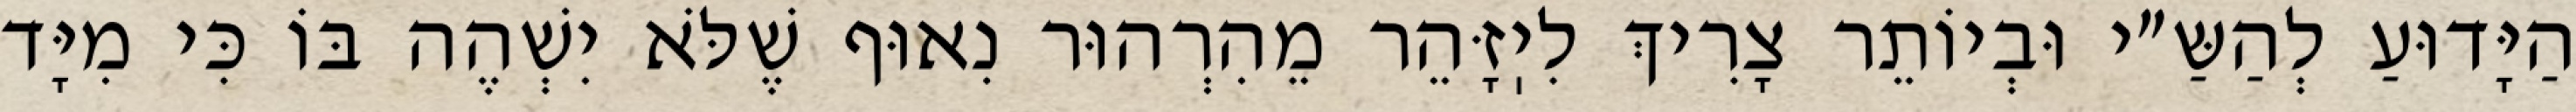
הַיָּדוּעַ לְהַשַּ״י וּבְיוֹתֵר צָרִיךְ לִיֽזָּהֵר מֵהִרְהוּר נִאוּף שֶׁלֹּא יִשְׁהֶה בּוֹ כִּי מִיָּד